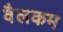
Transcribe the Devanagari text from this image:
वैलकम